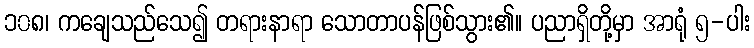
၁၀၈၊ ကချေသည်သေ၍ တရားနာရာ သောတာပန်ဖြစ်သွား၏။ ပညာရှိတို့မှာ အာရုံ ၅-ပါး